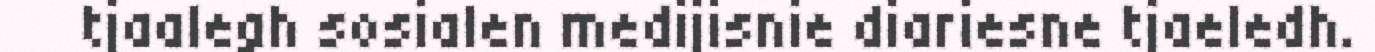
tjaalegh sosialen medijisnie diariesne tjaeledh.